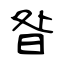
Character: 昝